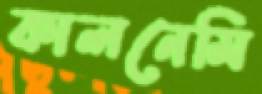
কালনেমি